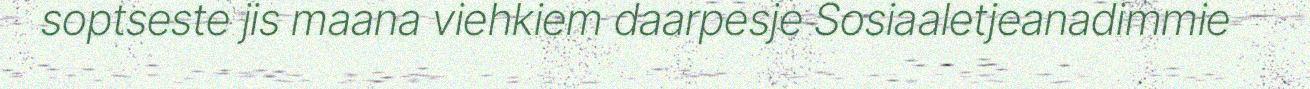
soptseste jis maana viehkiem daarpesje Sosiaaletjeanadimmie